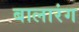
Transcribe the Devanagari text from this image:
बालारंग